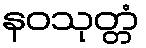
နဝသုတ္တံ